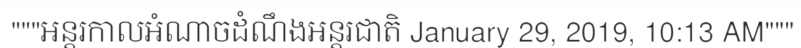
"""អន្តរកាលអំណាចដំណឹងអន្តរជាតិ January 29, 2019, 10:13 AM"""